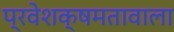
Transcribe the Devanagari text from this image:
प्रवेशक्षमतावाला